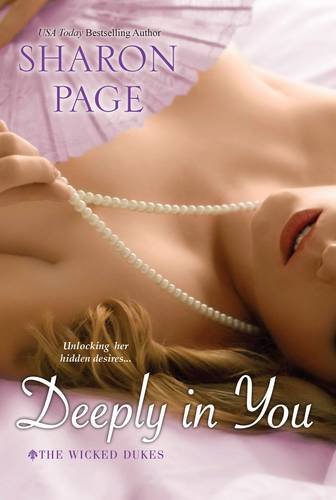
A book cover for Deeply In You (The Wicked Dukes); Sharon Page; Romance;